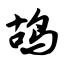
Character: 鸪